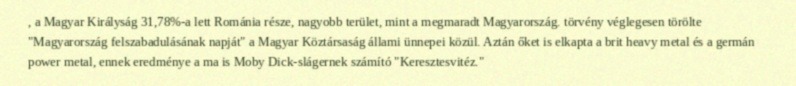
, a Magyar Királyság 31,78%-a lett Románia része, nagyobb terület, mint a megmaradt Magyarország. törvény véglegesen törölte "Magyarország felszabadulásának napját" a Magyar Köztársaság állami ünnepei közül. Aztán őket is elkapta a brit heavy metal és a germán power metal, ennek eredménye a ma is Moby Dick-slágernek számító "Keresztesvitéz."